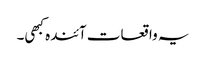
یہ واقعات آئندہ کبھی۔